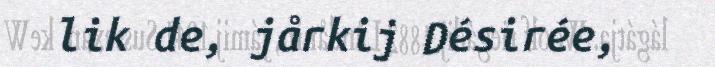
lik de, jårkij Désirée,